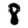
Digit: 8